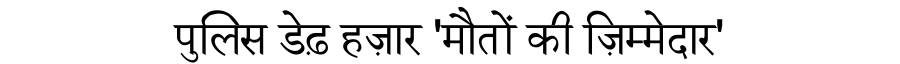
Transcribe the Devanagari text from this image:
पुलिस डेढ़ हज़ार 'मौतों की ज़िम्मेदार'